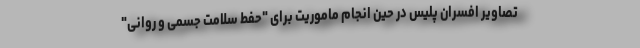
تصاویر افسران پلیس در حین انجام ماموریت برای "حفط سلامت جسمی و روانی"